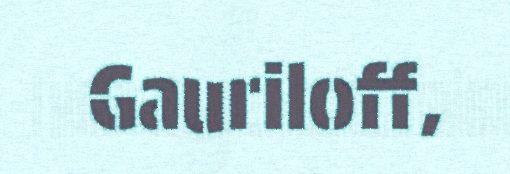
Gauriloff,